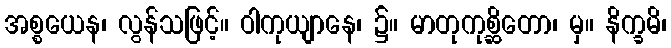
အစ္စယေန၊ လွန်သဖြင့်။ ဝါကုယျာနေ၊ ၌။ မာတုကုစ္ဆိတော၊ မှ။ နိက္ခမိ၊